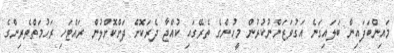
މައިންބަފައިން ބަލައިގަނެ އަގުވަޒަންނުކުރުން މީހުންގެ ތެރޭގައި ކުއްޖާ ދެރަކޮށް ދަށްކޮށްލުން ރައްޓަހި ރަހުމަތްތެރިންގެ